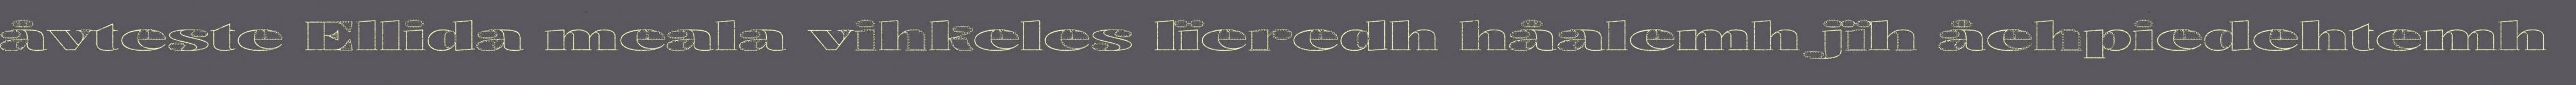
åvteste Ellida meala vihkeles lïeredh håalemh jïh åehpiedehtemh